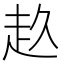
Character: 𧺓